Annual vaccination report of Bihar and Orissa - 1911-1928
Year: 1911
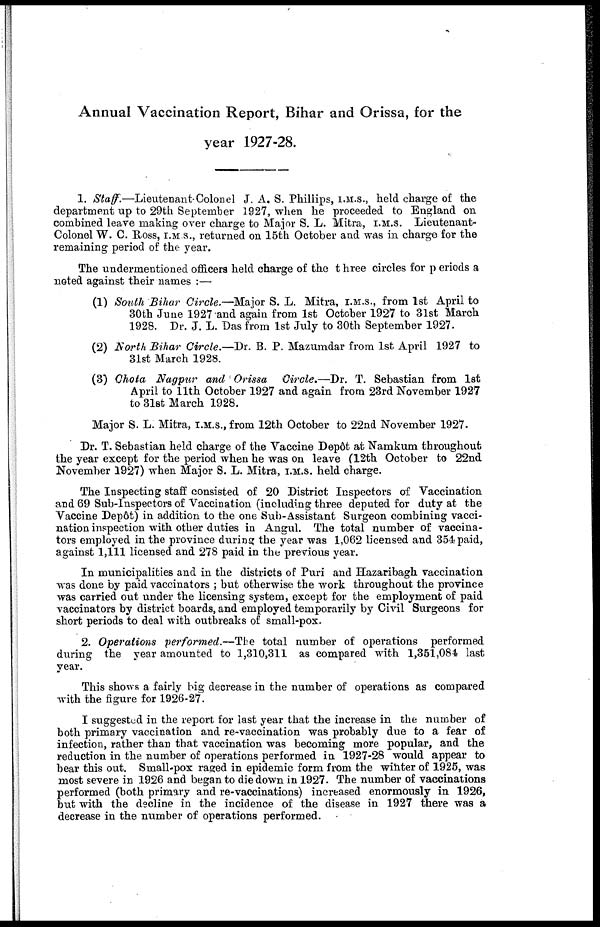
Annual Vaccination Report, Bihar and Orissa, for the
year 1927-28.
1. Staff.—Lieutenant-Colonel
J. A. S. Phillips, I.M.S., held charge of the
department up to 29th September 1927, when he proceeded to England on
combined leave making over charge to Major S. L. Mitra, I.M.S. Lieutenant-
Colonel W. C. Ross, I.M.S., returned on 15th October and was in charge for the
remaining period of the year.
The undermentioned officers held charge of the three circles for periods a
noted against their names :—
(1) South Bihar Circle.—Major S. L. Mitra, I.M.S., from 1st April to
30th June 1927 and again from 1st October 1927 to 31st March
1928. Dr. J. L. Das from 1st July to 30th September 1927.
(2) North Bihar Circle.—Dr. B. P. Mazumdar from 1st April 1927 to
31st March 1928.
(3) Chota Nagpur and Orissa Circle.—Dr. T. Sebastian from 1st
April to 11th October 1927 and again from 23rd November 1927
to 31st March 1928.
Major S. L. Mitra, I.M.S., from 12th October to 22nd November 1927.
Dr. T. Sebastian held charge of the Vaccine Depôt at Namkum throughout
the year except for the period when he was on leave (12th October to 22nd
November 1927) when Major S. L. Mitra, I.M.S. held charge.
The Inspecting staff consisted of 20 District Inspectors of Vaccination
and 69 Sub-Inspectors of Vaccination (including three deputed for duty at the
Vaccine Depôt) in addition to the one Sub-Assistant Surgeon combining vacci-
nation inspection with other duties in Angul. The total number of vaccina-
tors employed in the province during the year was 1,062 licensed and 354 paid,
against 1,111 licensed and 278 paid in the previous year.
In municipalities and in the districts of Puri and Hazaribagh vaccination
was done by paid vaccinators ; but otherwise the work throughout the province
was carried out under the licensing system, except for the employment of paid
vaccinators by district boards, and employed temporarily by Civil Surgeons for
short periods to deal with outbreaks of small-pox.
2. Operations performed.—The total number of operations performed
during the year amounted to 1,310,311 as compared with 1,351,084 last
year.
This shows a fairly big decrease in the number of operations as compared
with the figure for 1926-27.
I suggested in the report for last year that the increase in the number of
both primary vaccination and re-vaccination was probably due to a fear of
infection, rather than that vaccination was becoming more popular, and the
reduction in the number of operations performed in 1927-28 would appear to
bear this out. Small-pox raged in epidemic form from the winter of 1925, was
most severe in 1926 and began to die down in 1927. The number of vaccinations
performed (both primary and re-vaccinations) increased enormously in 1926,
but with the decline in the incidence of the disease in 1927 there was a
decrease in the number of operations performed.